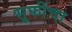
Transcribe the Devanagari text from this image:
सूफींचा